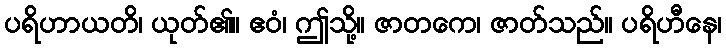
ပရိဟာယတိ၊ ယုတ်၏။ ဧဝံ၊ ဤသို့။ ဇာတကေ၊ ဇာတ်သည်။ ပရိဟီနေ၊